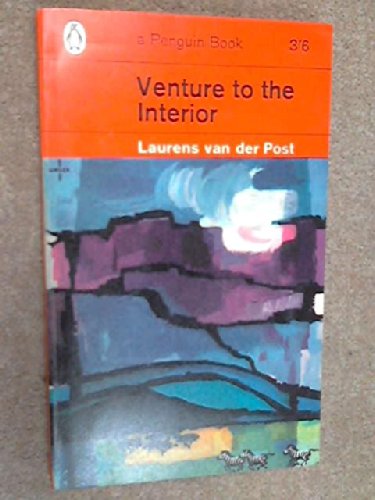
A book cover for Laurens Van Der Post's " Venture to the Interior " (Chosen Eng. Texts Notes); L. Post; Travel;